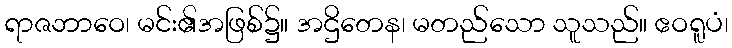
ရာဇဘာဝေ၊ မင်း၏အဖြစ်၌။ အဌိတေန၊ မတည်သော သူသည်။ ဧဝရူပံ၊